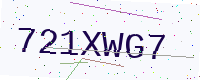
Text: 721XWG7